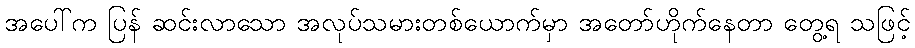
အပေါ်က ပြန် ဆင်းလာသော အလုပ်သမားတစ်ယောက်မှာ အတော်ဟိုက်နေတာ တွေ့ရ သဖြင့်